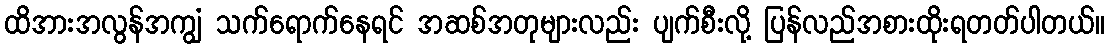
ထိအားအလွန်အကျွံ သက်ရောက်နေရင် အဆစ်အတုများလည်း ပျက်စီးလို့ ပြန်လည်အစားထိုးရတတ်ပါတယ်။